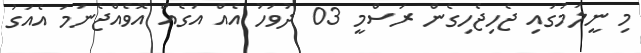
މި ނީލަމުގައި ޖެހިޖެހިގެން ރަސްމީ 03 ދުވަހު އެއް އަގެއް އޮވެއްޖެނަމަ އެއަގު